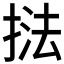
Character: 𭡚